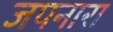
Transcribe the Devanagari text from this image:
जपनारा